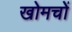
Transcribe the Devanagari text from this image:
खोमचों